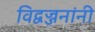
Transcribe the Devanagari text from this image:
विद्वज्जनांनी